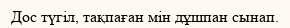
Дос түгіл, тақпаған мін дұшпан сынап.